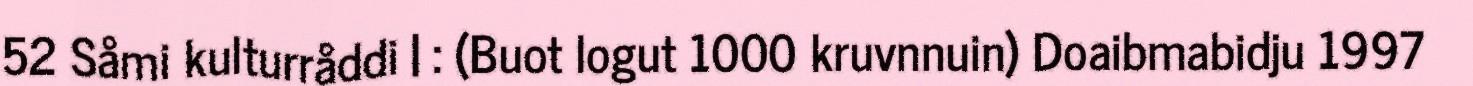
52 Såmi kulturråddi | : (Buot logut 1000 kruvnnuin) Doaibmabidju 1997